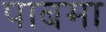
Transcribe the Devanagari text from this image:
पाबमा